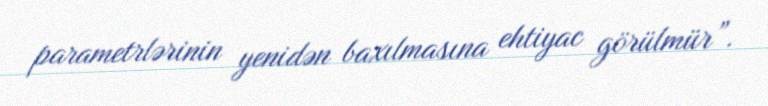
parametrlərinin yenidən baxılmasına ehtiyac görülmür”.